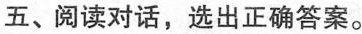
五、阅读对话,选出正确答案。